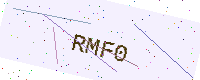
Text: RMF0